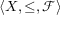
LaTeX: \langle X , \leq , { \mathcal { F } } \rangle